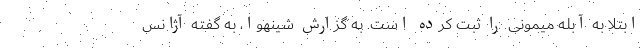
ابتلا به آبله میمونی را ثبت کرده است. به گزارش شینهوا، به گفته آژانس